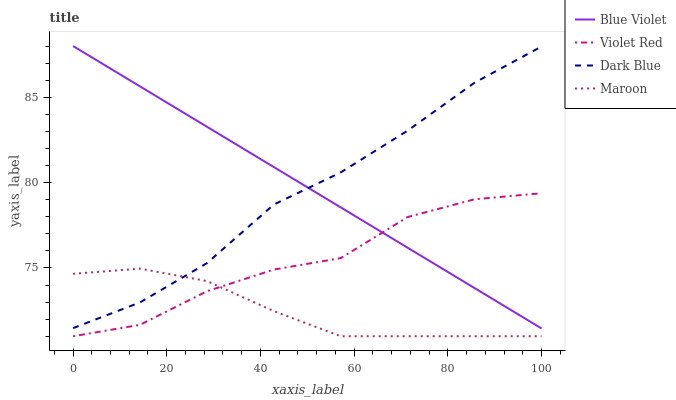
| xaxis_label | Blue Violet | Violet Red | Dark Blue | Maroon |
 | --- | --- | --- | --- | --- |
 | 0 | 88 | 71 | 71.5 | 74.7 |
 | 14.3 | 85.6 | 71.7 | 73 | 75 |
 | 28.6 | 83.3 | 73.6 | 75.3 | 74.2 |
 | 42.9 | 80.9 | 74.9 | 78.7 | 72.5 |
 | 57.1 | 78.5 | 75.6 | 80.6 | 71 |
 | 71.4 | 76.2 | 78 | 83 | 71 |
 | 85.7 | 73.8 | 79 | 85.9 | 71 |
 | 100 | 71.5 | 79.4 | 88 | 71 |